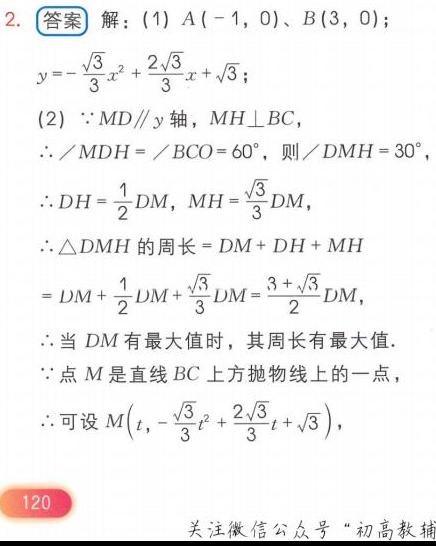
2. **答案** 解：(1) \(A(-1,0)\)、\(B(3,0)\)；
\(y = -\frac{\sqrt{3}}{3}x^{2}+\frac{2\sqrt{3}}{3}x+\sqrt{3}\)；
(2) \(\because MD\parallel y\)轴，\(MH\perp BC\)，
\(\therefore \angle MDH=\angle BCO = 60^{\circ}\)，则\(\angle DMH = 30^{\circ}\)，
\(\therefore DH=\frac{1}{2}DM\)，\(MH = \frac{\sqrt{3}}{3}DM\)，
\(\therefore\triangle DMH\)的周长\(=DM + DH+MH\)
\(=DM+\frac{1}{2}DM+\frac{\sqrt{3}}{3}DM=\frac{3 + \sqrt{3}}{2}DM\)，
\(\therefore\)当 \(DM\)有最大值时，其周长有最大值.
\(\because\)点 \(M\)是直线 \(BC\)上方抛物线上的一点，
\(\therefore\)可设\(M\left(t,-\frac{\sqrt{3}}{3}t^{2}+\frac{2\sqrt{3}}{3}t+\sqrt{3}\right)\)，
120
关注微信公众号“初高教辅”